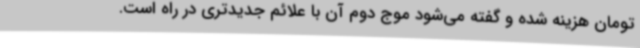
تومان هزینه شده و گفته می‌شود موج دوم آن با علائم جدیدتری در راه است.